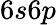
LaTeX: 6s6p